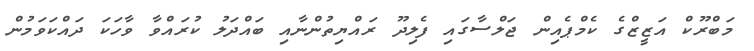
މަބްރޫކް އަޒީޒްގެ ކެމްޕެއިން ޖަލްސާގައި ފެލިދޫ ރައްޔިތުންނާއި ބައްދަލު ކުރައްވާ ވާހަކަ ދައްކަވަމުން